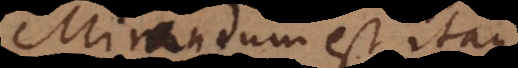
Mirandum est itaque